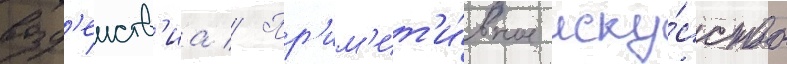
возд'еиств'иа // Пр'им'ит'и́вное иску́сство